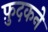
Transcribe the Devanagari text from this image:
फ़ुदकने